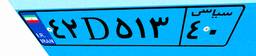
۴۲D۵۱۳۴۰